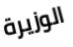
الوزيرة